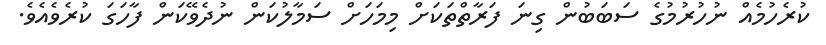
ކުރެހުމެއް ނުހުރުމުގެ ސަބަބުން ގިނަ ފަރާތްތަކަށް މިމަހަށް ސަމާލުކަން ނުދެވޭކަން ފާހަގަ ކުރެވެއެވެ.